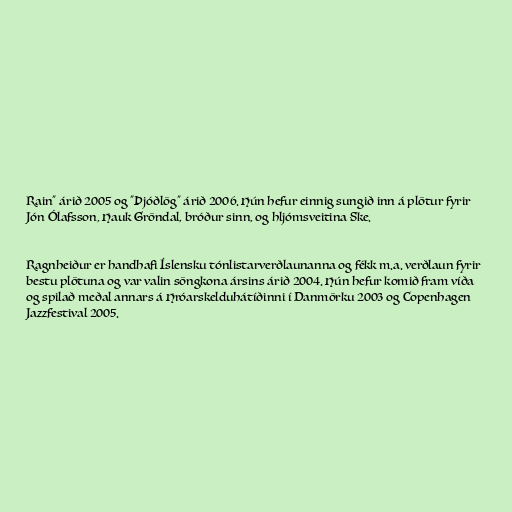
Rain" árið 2005 og "Þjóðlög" árið 2006. Hún hefur einnig sungið inn á plötur fyrir
Jón Ólafsson, Hauk Gröndal, bróður sinn, og hljómsveitina Ske.

Ragnheiður er handhafi Íslensku tónlistarverðlaunanna og fékk m.a. verðlaun fyrir
bestu plötuna og var valin söngkona ársins árið 2004. Hún hefur komið fram víða
og spilað meðal annars á Hróarskelduhátíðinni í Danmörku 2003 og Copenhagen
Jazzfestival 2005.